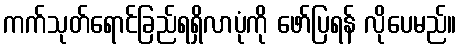
ကက်သုတ်ရောင်ခြည်ရရှိလာပုံကို ဖော်ပြရန် လိုပေမည်။